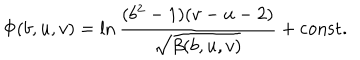
\Phi ( b , u , v ) = \ln \frac { ( b ^ { 2 } - 1 ) ( v - u - 2 ) } { \sqrt { \beta ( b , u , v ) } } + \mathrm { c o n s t . }